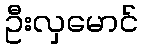
ဦးလှမောင်